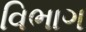
વિભાગ